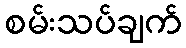
စမ်းသပ်ချက်